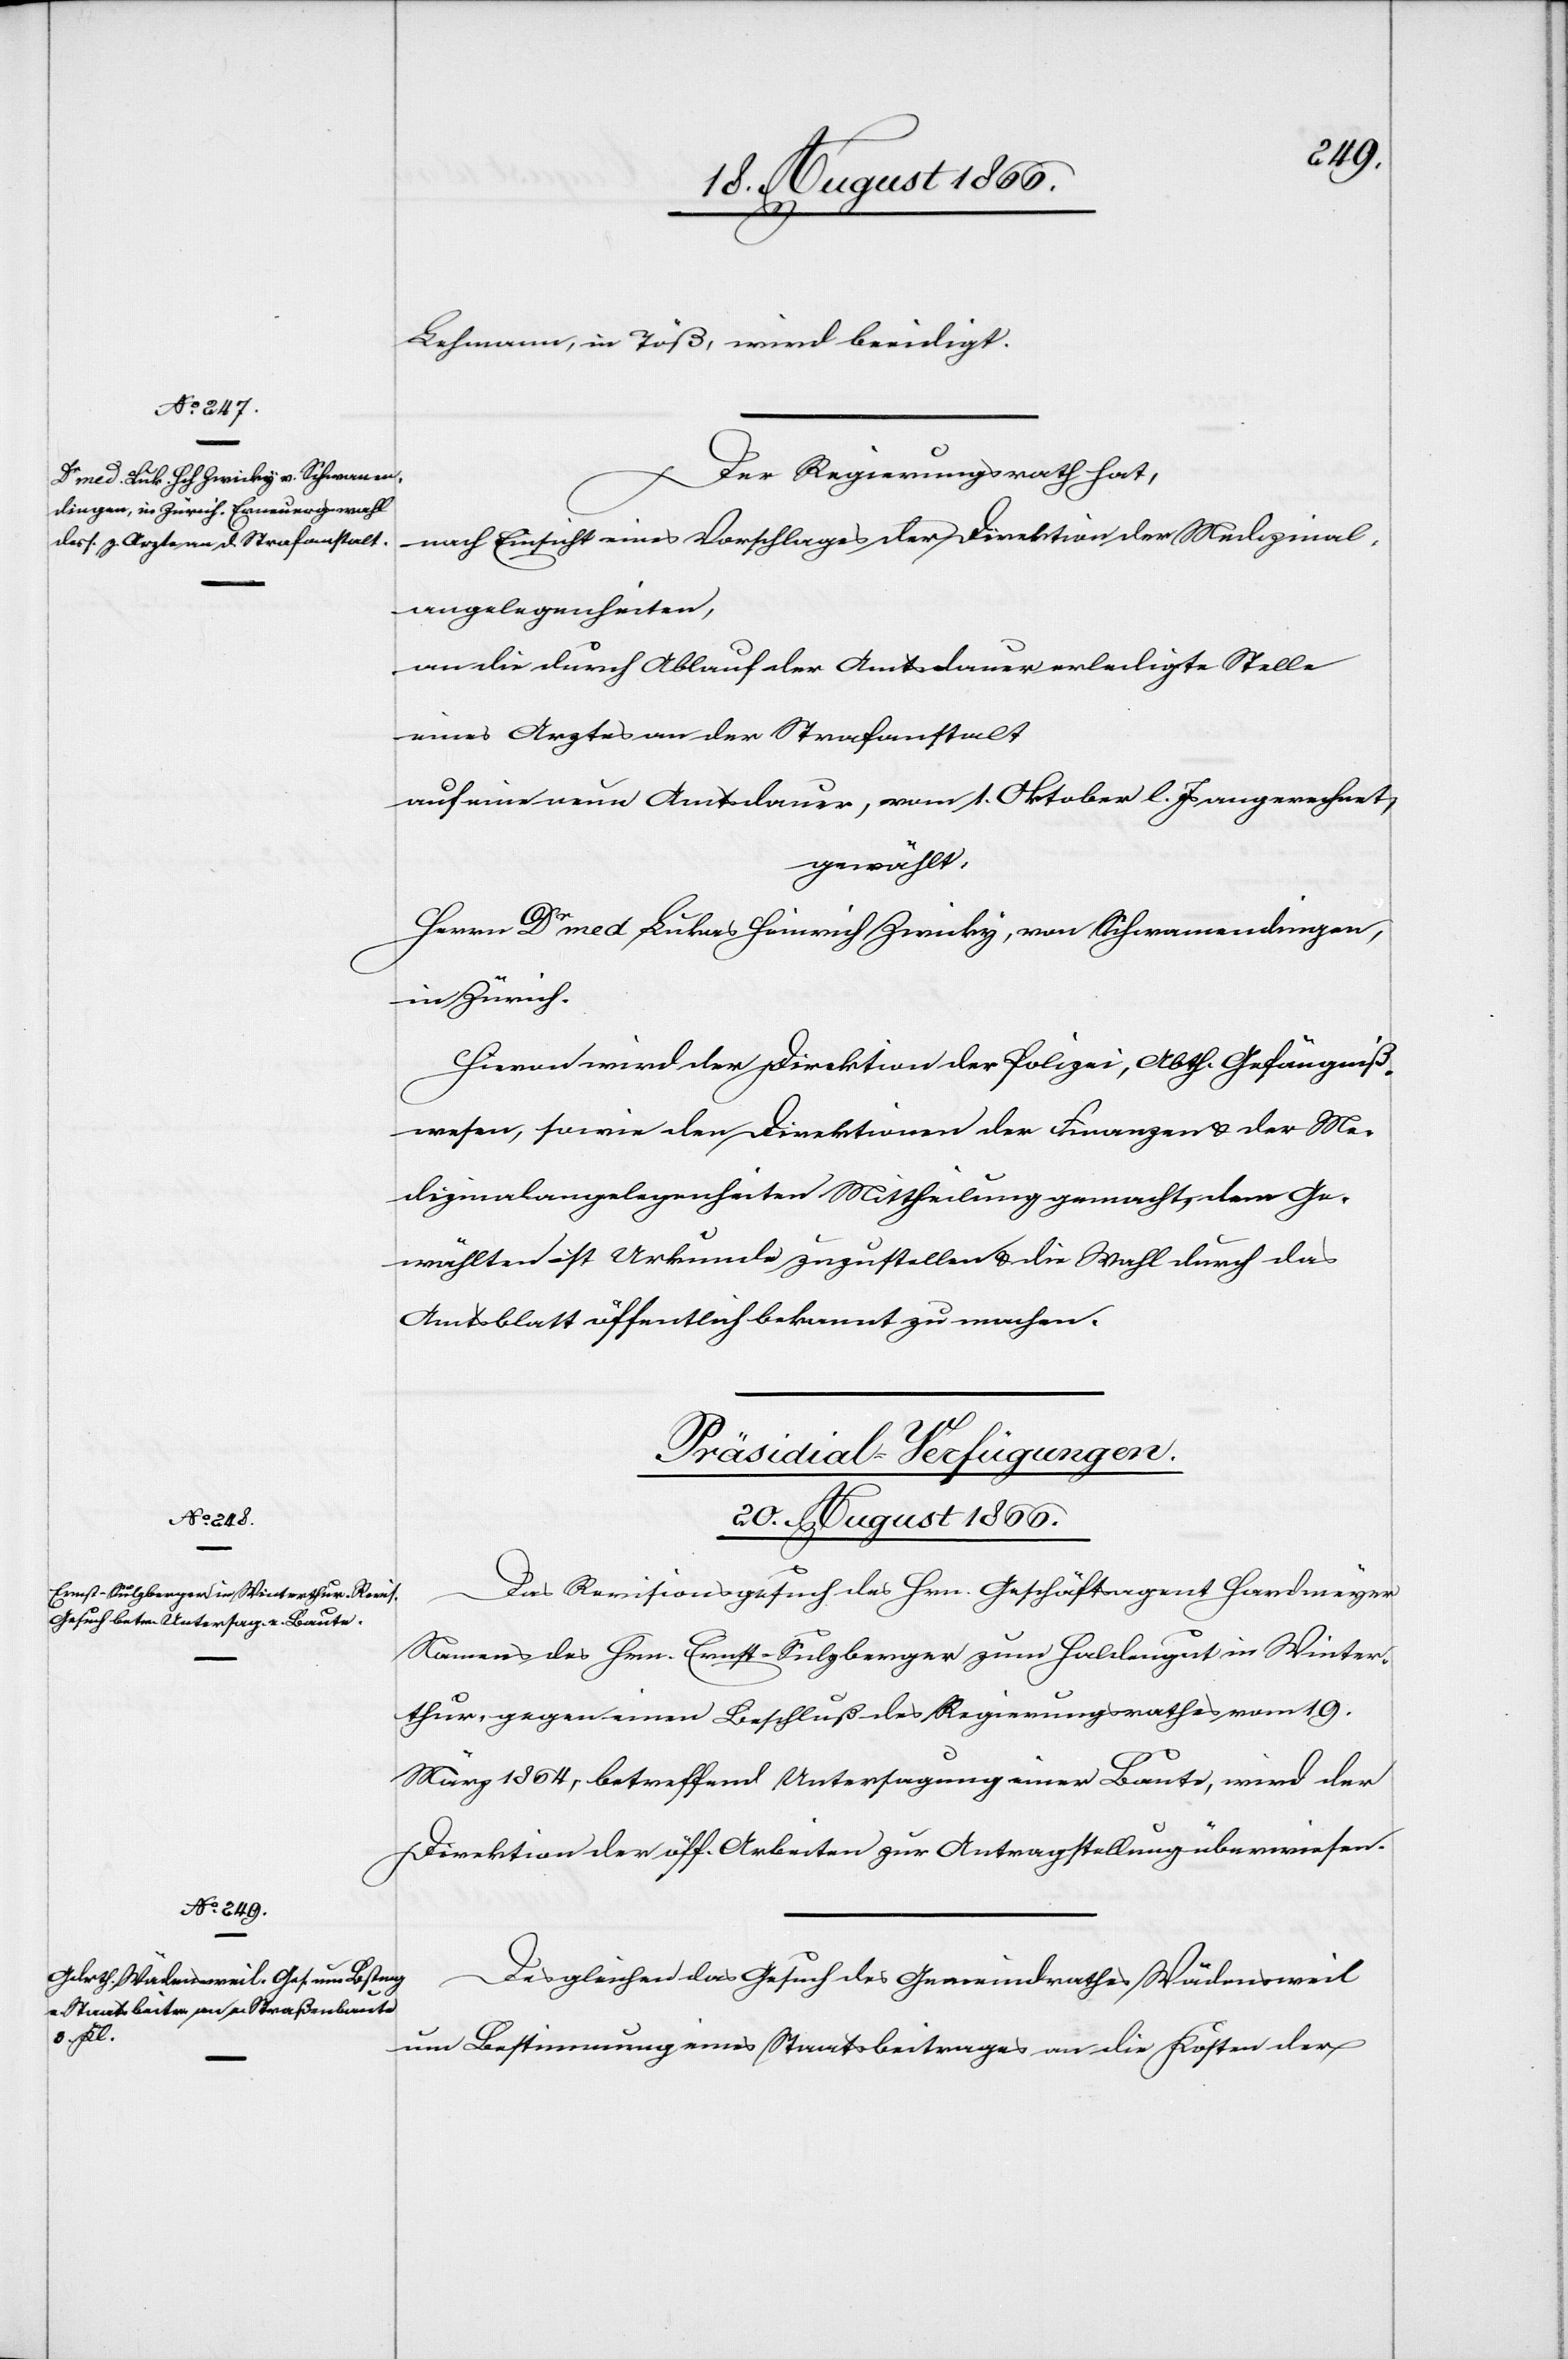
Lehmann, in Töß, wird beeidigt.
Der Regierungsrath hat,
nach Einsicht eines Vorschlages der Direktion der Medizinal¬
angelegenheiten,
an die durch Ablauf der Amtsdauer erledigte Stelle
eines Arztes an der Strafanstalt
auf eine neue Amtsdauer, vom 1. Oktober l. Js. an gerechnet,
gewählt:
Herrn Dr med Lukas Heinrich Zwicky, von Schwamendingen,
in Zürich.
Hievon wird der Direktion der Polizei, Abth. Gefängniß¬
wesen, sowie den Direktionen der Finanzen u. der Me¬
dizinalangelegenheiten Mittheilung gemacht, dem Ge¬
wählten ist Urkunde zuzustellen u. die Wahl durch das
Amtsblatt öffentlich bekannt zu machen.
[Präsidial-Verfügungen.
20. August 1866.]
Das Revisionsgesuch des Hrn. Geschäftsagent Hardmeyer
Namens des Hrn. Ernst-Sulzberger zum Haldengut in Winter¬
thur, gegen einen Beschluß des Regierungsrathes vom 19.
März 1864, betreffend Untersagung einer Baute, wird der
Direktion der öff. Arbeiten zur Antragstellung überwiesen.
Desgleichen das Gesuch des Gemeindrathes Wädensweil
um Bestimmung eines Staatsbeitrages an die Kosten der